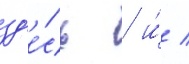
зд'е́сь / и́ /